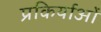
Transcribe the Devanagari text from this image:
प्रकिर्याओं